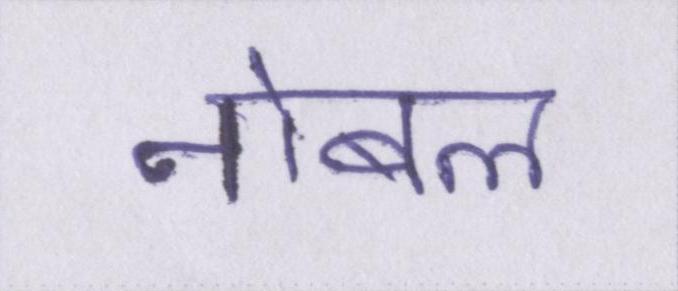
नोबल